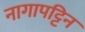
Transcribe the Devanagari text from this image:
नागापट्टिन